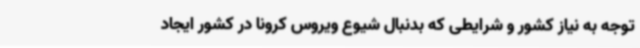
توجه به نیاز کشور و شرایطی که بدنبال شیوع ویروس کرونا در کشور ایجاد